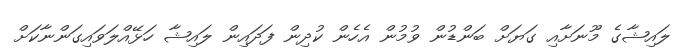
ލައިޝާގެ މޫނަށާއި ގަޔަށް ބަންޑުން ވުމުން އެހެން ކުދިން ފަދައިން ލައިޝާ ހަޅޭއްލަވައިގަންނާކަށް